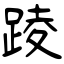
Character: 踜